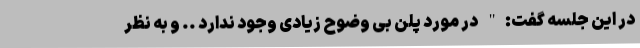
در این جلسه گفت:" در مورد پلن بی وضوح زیادی وجود ندارد .. و به نظر